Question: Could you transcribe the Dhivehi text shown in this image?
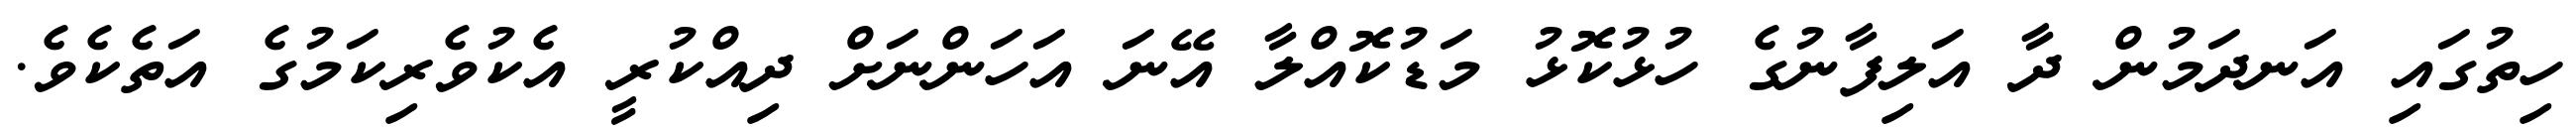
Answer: ހިތުގައި އަނދަމުން ދާ އަލިފާނުގެ ހުޅުކޮޅު މަޑުކޮއްލާ އޭނަ އަހަންނަށް ދިއްކުރީ އެކުވެރިކަމުގެ އަތެކެވެ.